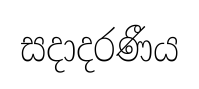
සදාදරණීය